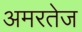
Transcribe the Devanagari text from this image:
अमरतेज